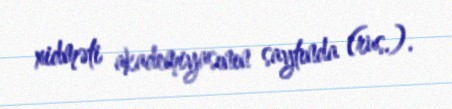
xidməti akademiyasının saytında (rus.).